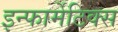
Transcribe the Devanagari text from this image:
इन्फार्मेटिक्स